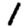
Digit: 1